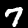
Digit: 7